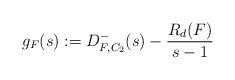
LaTeX: \begin{align*}g_F(s) := D_{F, C_2}^-(s) - \frac{R_d(F)}{s - 1}\end{align*}